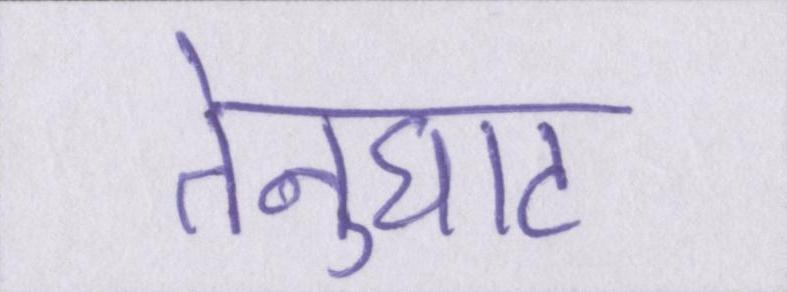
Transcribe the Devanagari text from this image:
तेनुघाट